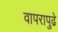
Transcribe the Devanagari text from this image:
वापरापुढे